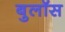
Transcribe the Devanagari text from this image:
बुलॉस